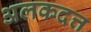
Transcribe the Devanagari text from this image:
अलकदत्त